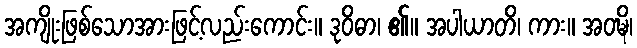
အကျိုးဖြစ်သောအားဖြင့်လည်းကောင်း။ ဒုဝိဓာ၊ ၏။ အပါယာတိ၊ ကား။ အဝဍ္ဎိ၊